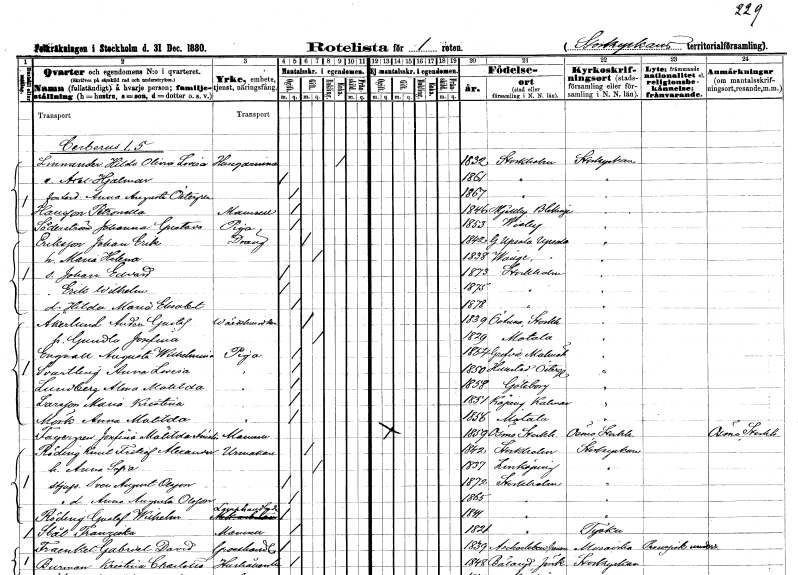
gt_parse: households: individuals: FN: Hilda Olivia Lovisa
EN: Linnander
YRKE: Husägarinna
KON: K
CIV: E
FODAR: 1832
FODFORS: Stockholm
FN: Axel Hjalmar
KON: M
CIV: O
FODAR: 1861
FODFORS: Stockholm
FN: Anna Augusta
EN: Östergren
KON: K
CIV: O
FODAR: 1867
FODFORS: Stockholm
FN: Petronella
EN: Hansson
KON: K
CIV: O
FODAR: 1846
FODFORS: Mjällby Blekinge län
FN: Johanna Gustava
EN: Söderström
YRKE: Piga
KON: K
CIV: O
FODAR: 1853
FODFORS: Visby Gotlands län
FN: Johan Erik
EN: Eriksson
YRKE: Dräng
KON: M
CIV: G
FODAR: 1842
FODFORS: Gamla Uppsala Uppsala län
FN: Maria Helena
KON: K
CIV: G
FODAR: 1838
FODFORS: Vänge Uppsala län
FN: Johan Edvard
KON: M
CIV: O
FODAR: 1873
FODFORS: Stockholm
FN: Erik Wilhelm
KON: M
CIV: O
FODAR: 1875
FODFORS: Stockholm
FN: Hilda Maria Elisabet
KON: K
CIV: O
FODAR: 1878
FODFORS: Stockholm
FN: Anders Gustaf
EN: Åkerlund
YRKE: Värdshusidkare
KON: M
CIV: G
FODAR: 1839
FODFORS: Östuna Uppsala län
FN: Gundla Josefina
KON: K
CIV: G
FODAR: 1829
FODFORS: Motala Östergötlands län
FN: Augusta Wilhelmina
EN: Engvall
YRKE: Piga
KON: K
CIV: O
FODAR: 1854
FODFORS: Grevie Kristianstads län
FN: Anna Lovisa
EN: Svartling
YRKE: Piga
KON: K
CIV: O
FODAR: 1850
FODFORS: Hällestad Östergötlands län
FN: Alma Matilda
EN: Lundberg
YRKE: Piga
KON: K
CIV: O
FODAR: 1858
FODFORS: Göteborg Göteborgs- och Bohuslän
FN: Maria Kristina
EN: Larsson
YRKE: Piga
KON: K
CIV: O
FODAR: 1851
FODFORS: Köping Kalmar län
FN: Anna Matilda
EN: Mörk
YRKE: Piga
KON: K
CIV: O
FODAR: 1856
FODFORS: Motala Östergötlands län
FN: Josefina Matilda Amalia
EN: Fagergren
KON: K
CIV: O
FODAR: 1859
FODFORS: Ösmo Stockholms län
FN: Knut Fritiof Alexander
EN: Röding
YRKE: Urmakare
KON: M
CIV: G
FODAR: 1842
FODFORS: Stockholm
FN: Anna Sofia
KON: K
CIV: G
FODAR: 1837
FODFORS: Linköping Östergötlands län
FN: Sven August
EN: Olsson
KON: M
CIV: O
FODAR: 1872
FODFORS: Stockholm
FN: Anna Augusta
EN: Olsson
KON: K
CIV: O
FODAR: 1865
FODFORS: Stockholm
FN: Gustaf Wilhelm
EN: Röding
YRKE: Lanthandlare
KON: M
CIV: O
FODAR: 1844
FODFORS: Stockholm